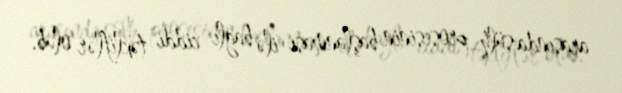
arasında sülh prosesinin başlanması ilə bağlı ciddi təkliflər olub.